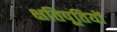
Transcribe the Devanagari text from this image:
क्षतिपूतियों